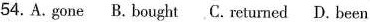
54. A. gone B.bought C.returned D. been